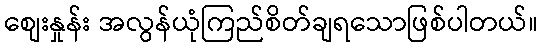
စျေးနှုန်း အလွန်ယုံကြည်စိတ်ချရသောဖြစ်ပါတယ်။